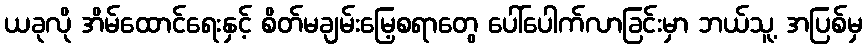
ယခုလို အိမ်ထောင်ရေးနှင့် စိတ်မချမ်းမြေ့စရာတွေ ပေါ်ပေါက်လာခြင်းမှာ ဘယ်သူ့ အပြစ်မှ